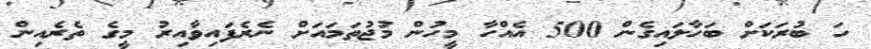
ހަ ބުރަކަށް ބަހާލައިގެން 500 އެއްހާ މީހުން މުޖުތަމައަށް ނެރެފައިވާއިރު މީގެ ތެރެއިން